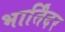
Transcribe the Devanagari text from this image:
भार्तिंदर